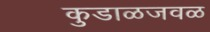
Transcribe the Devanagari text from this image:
कुडाळजवळ